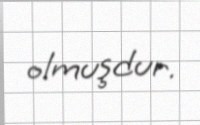
olmuşdur.